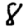
Digit: 8